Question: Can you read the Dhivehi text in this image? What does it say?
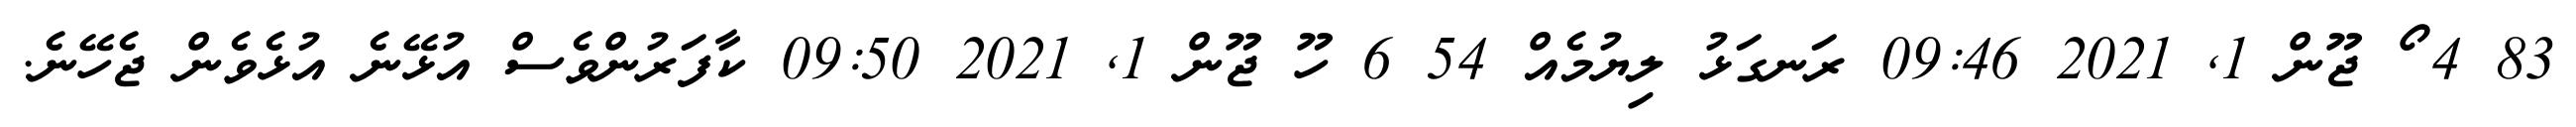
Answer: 83 4 ޯ ޖޫން 1, 2021 09:46 ރަނގަޅު ލިޔުމެއް 54 6 ހޫ ޖޫން 1, 2021 09:50 ކާފަރުންވެސް އުޅޭނެ އުޅެވެން ޖެހޭނެ.